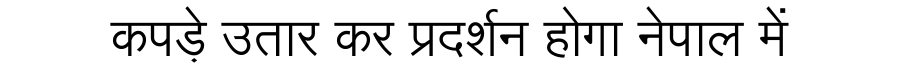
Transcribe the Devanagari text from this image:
कपड़े उतार कर प्रदर्शन होगा नेपाल में